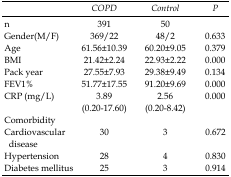
|  | COPD | Control | P |
 | --- | --- | --- | --- |
 | n | 391 | 50 |  |
 | Gender(M/F) | 369/22 | 48/2 | 0.633 |
 | Age | 61.56±10.39 | 60.20±9.05 | 0.379 |
 | BMI | 21.42±2.24 | 22.93±2.22 | 0.000 |
 | Pack year | 27.55±7.93 | 29.38±9.49 | 0.134 |
 | FEV1% | 51.77±17.55 | 91.20±9.69 | 0.000 |
 | CRP (mg/L) | 3.89(0.20-17.60) | 2.56 (0.20-8.42) | 0.000 |
 | Comorbidity |  |  |  |
 | Cardiovascular disease | 30 | 3 | 0.672 |
 | Hypertension | 28 | 4 | 0.830 |
 | Diabetes mellitus | 25 | 3 | 0.914 |